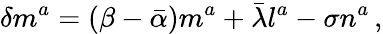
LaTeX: \delta m^{a}=(\beta-{\bar{\alpha}})m^{a}+{\bar{\lambda}}l^{a}-\sigma n^{a}\, ,